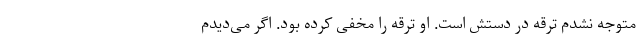
متوجه نشدم ترقه در دستش است. او ترقه را مخفی کرده بود. اگر می‌دیدم